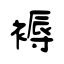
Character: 褥